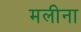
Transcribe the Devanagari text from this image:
मलीना